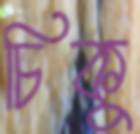
চিকু